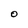
Character: O